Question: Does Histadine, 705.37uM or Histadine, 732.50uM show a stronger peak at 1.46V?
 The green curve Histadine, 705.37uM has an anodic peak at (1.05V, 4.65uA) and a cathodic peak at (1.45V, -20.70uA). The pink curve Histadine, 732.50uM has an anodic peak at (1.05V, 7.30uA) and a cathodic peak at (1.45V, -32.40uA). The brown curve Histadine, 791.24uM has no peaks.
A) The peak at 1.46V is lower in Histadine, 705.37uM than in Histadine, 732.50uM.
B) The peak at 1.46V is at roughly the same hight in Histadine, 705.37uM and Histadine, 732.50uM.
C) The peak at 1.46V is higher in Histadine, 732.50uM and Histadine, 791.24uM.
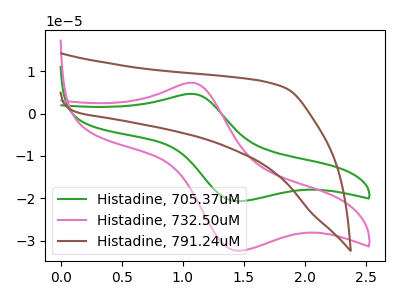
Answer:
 <answer>A) The peak at 1.46V is lower in "Histadine, 705.37uM" than in "Histadine, 732.50uM".</answer>
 <eval>A</eval>